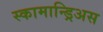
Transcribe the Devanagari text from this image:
स्कामान्ड्रिअस